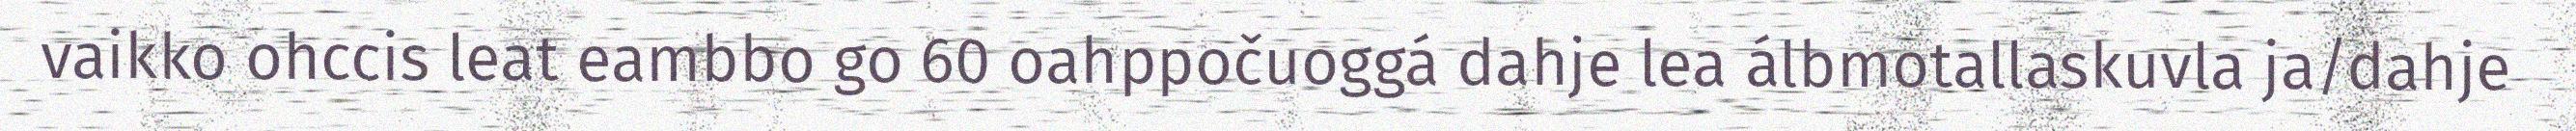
vaikko ohccis leat eambbo go 60 oahppočuoggá dahje lea álbmotallaskuvla ja/dahje